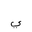
Letter: _ya